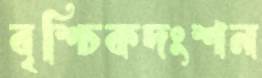
বৃশ্চিকদংশন